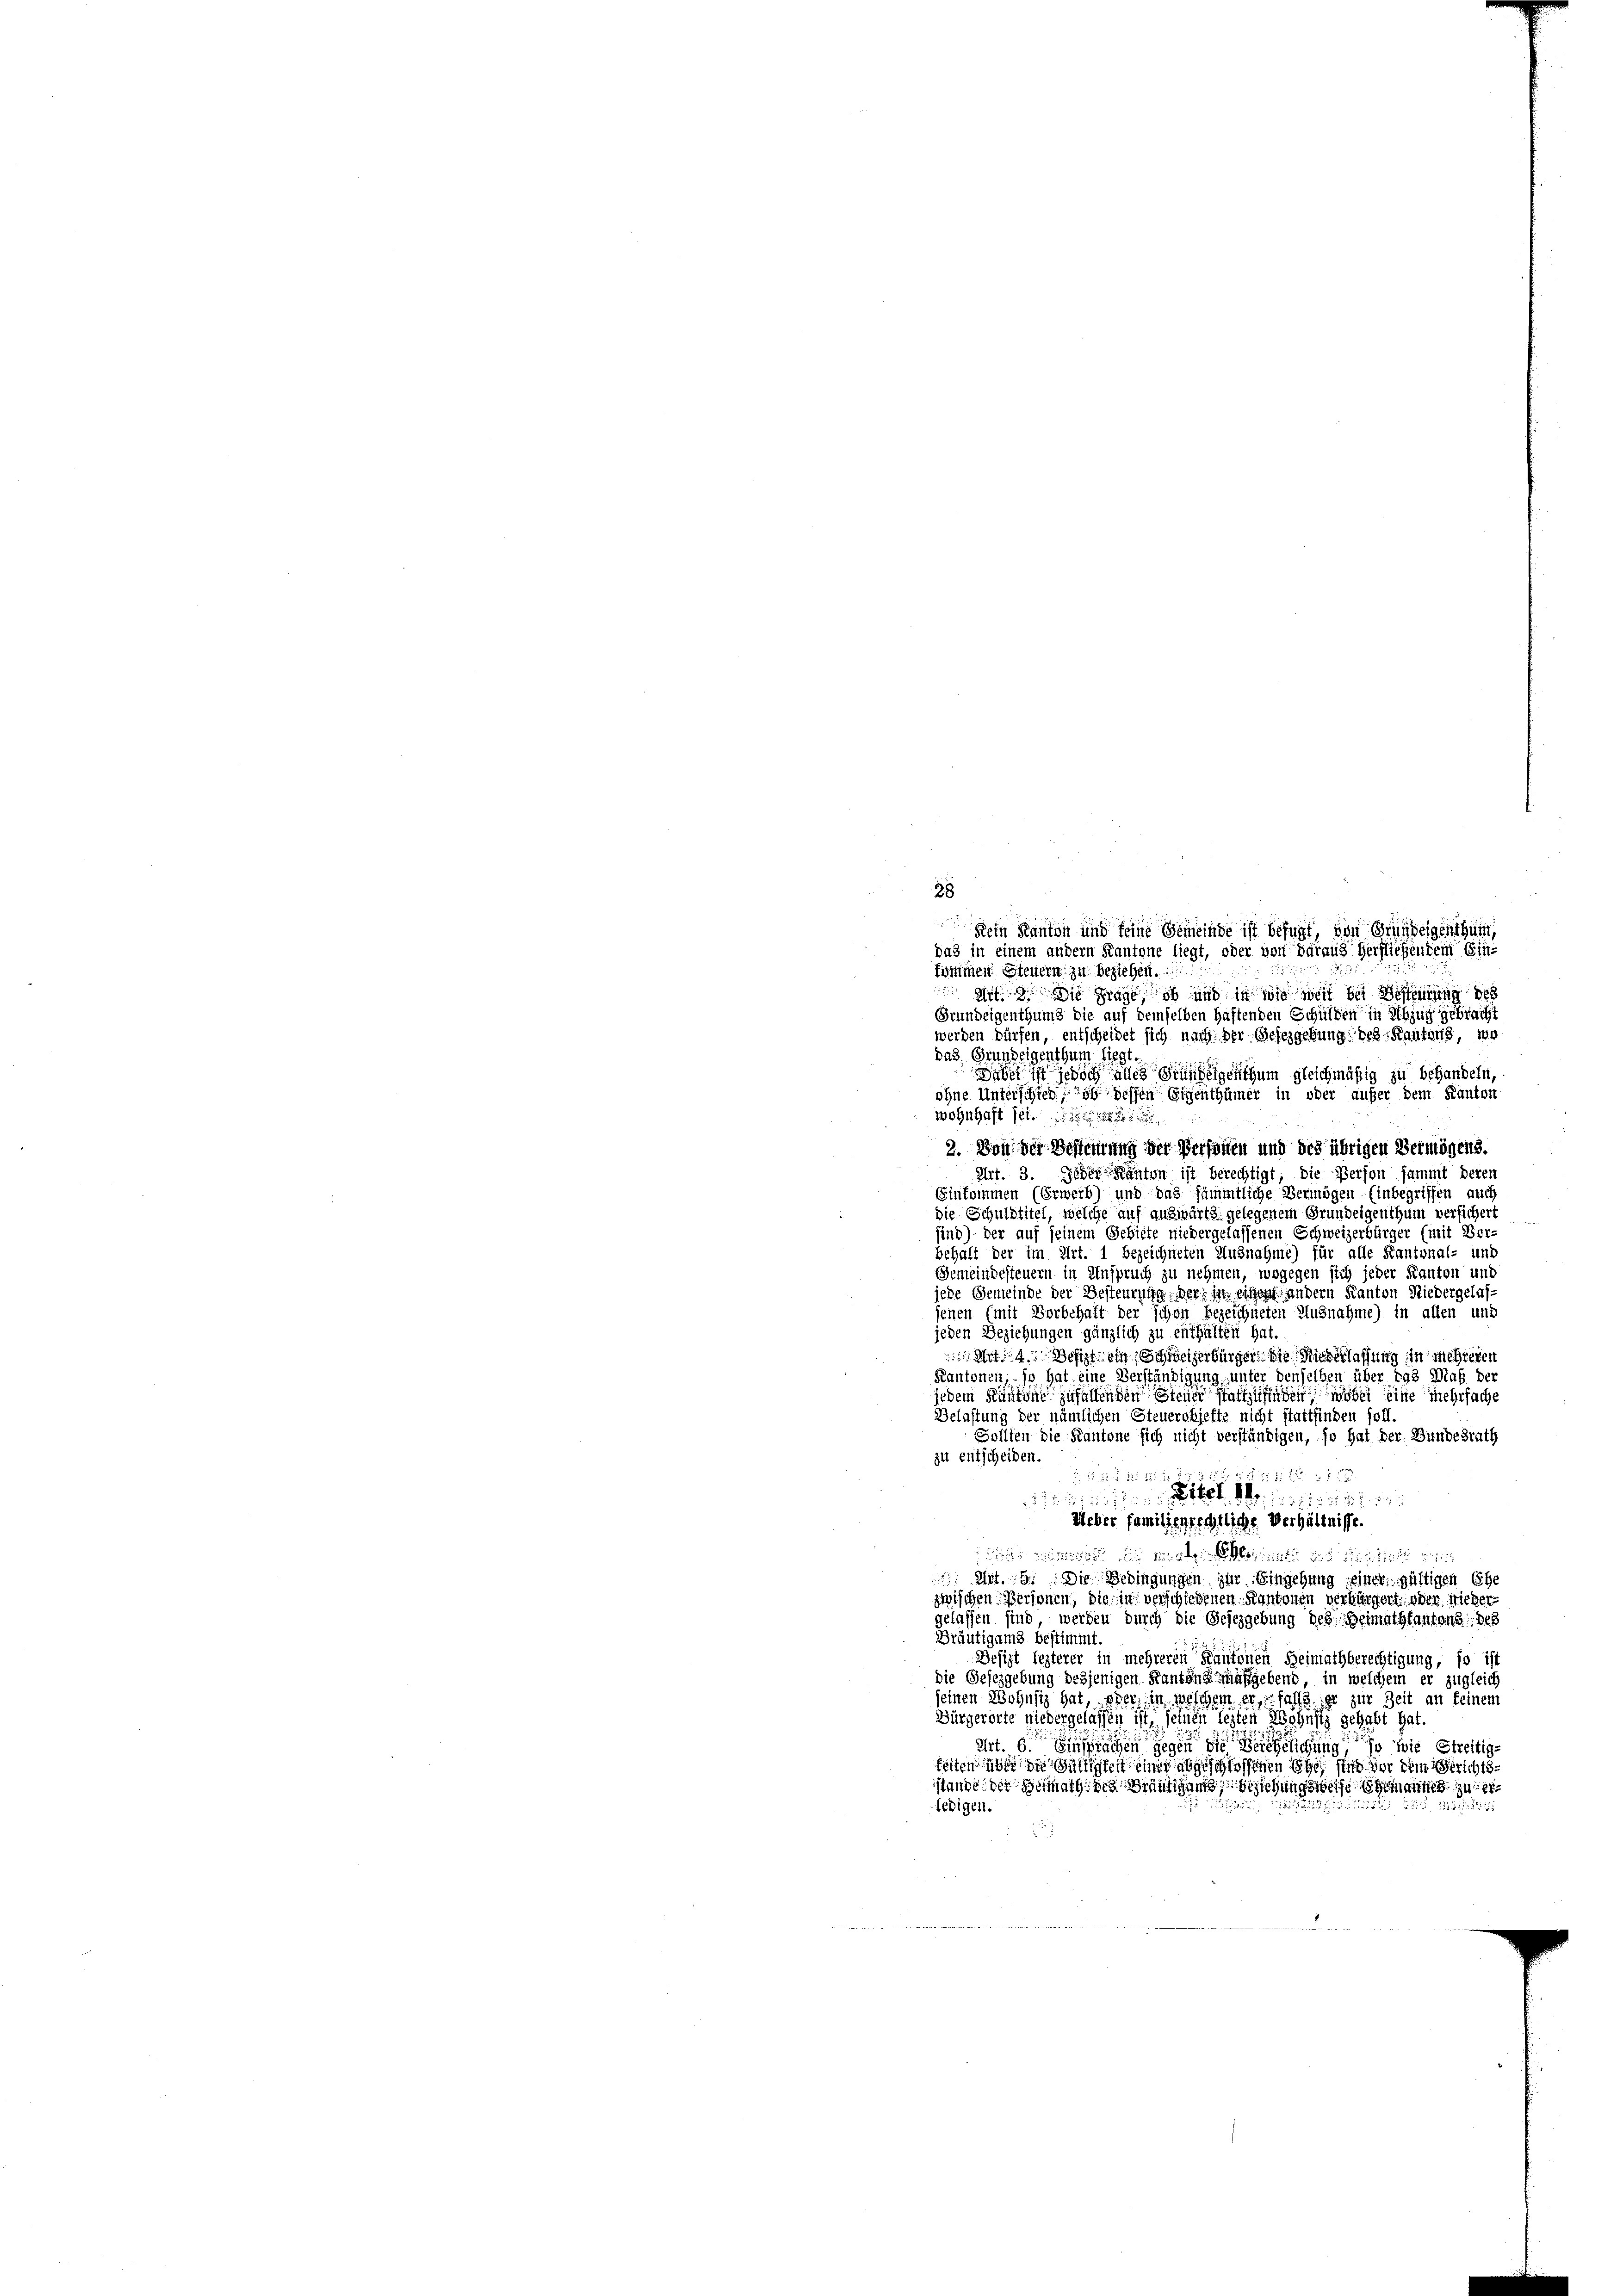
28
Dein Kanton und seine Gemeinde ist befugt, von Grundeigenthum,
das in einem andern Kantone liegt, oder von daraus herfliehendem Ein-
kommen Steuern zu beziehen.
Mit 9. Die Frage, ob und in wie weit bei Scheurung des
Grundeigenthum die auf demselben haftenden Schulden in Abzug gebracht
werden dürfen, entscheidet sich nach der Gesezgebung des Kantons, wo
das Grundeigenthum liegt.
Sabet ist jedoch alles Grundeigenthum gleichmäßig zu behandeln,
ohne Unterschied, ob dessen Eigenthümer in oder außer dem Kanton
wohnhaft sei.
2. Von der Besteilung der Personen und des übrigen Vermögens.
Art. 3. Jeder Kanton ist berechtigt, die Person sammt deren
Einkommen (Erwerb) und das sämmtliche Vermögen Einbegriffen auch
die Schuldtitel, welche auf auswärts gelegenem Grundeigenthum versichert
sind) der auf seinem Gebiete niedergelassenen Schweizerbürger (mit Vor-
behalt der im Art. 1 bezeichneten Unznahme) für alle Kantonal- und
Gemeindesteuern in Anspruch zu nehmen, wogegen sich jeder Kanton und
jede Gemeinde der Besteurung der in einem andern Kanton Niedergelas-
jenen (mit Vorbehaft der schon bezeichneten Ausnahme) in allen und
jeden Beziehungen gänzlich zu enthalten hat.
Mit 14. Besizt, ein Schweizerbürger die Riederlassung in mehreren
Kantonen, so hat eine Verständigung, unter denselben über 898 Maß der
jedem Kantone zufallenden Stende stattzufinden, wobei eine mehrfache
Belastung der nämlichen Steuerobjefte nicht stattfinden soll.
Sollten die Kantone sich nicht verständigen, so hat der Bundesrath
zu entscheiden.
 1 f 36 x
 182
nittel dessen
Ueber familienrechtliche Verhältnisse.
 d eine Steinen die Einsicht eine
 Art. 9. Die Bedingungen zur Eingehung seiner gültigen Ehe
zwischen Personen, die in verschiedenen Kantonen verbürgert, oder Nieder
gelassen sind, werden durch die Gesezgebung des Heimathsantens des
Bräutigams bestimmt
Besizt lezterer in mehreren Kantonen Heimathberechtigung, so ist
die Gesezgebung desjenigen Kantone aufgebend, in welchem er zugleich
seinen Wohnsiz hat, oder in welchem er, falls er zur Zeit an feinem
Bürgerorte niedergelassen ist, jenen legten Wohnsiz gehabt hat.
ehrt. 6. Sichen gegen die Behelichung, so wie Streitige
feiten über die Gültigkeit einer abgeschlossenen Ehe, sind vor dem Gerichts-
sstande der Berath des Bräutigung ziehungsweise gement zu

355. 11551/1891
ledigen.